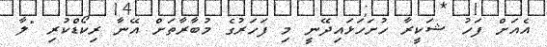
އެއަށް ފަހު ޝަކީރާ ހުށަހަޅައިދޭނީ މި ފަހަރުގެ މުބާރާތަށް އޭނާ ރިކޯޑްކުރި "ލާ